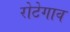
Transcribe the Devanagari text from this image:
रोटेगाव